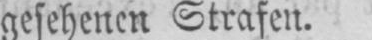
gesehenen Strafen.